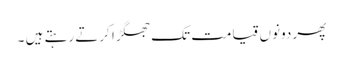
پھر دونوں قیامت تک جھگڑا کرتے رہتے ہیں ۔